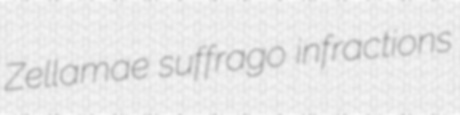
Zellamae suffrago infractions